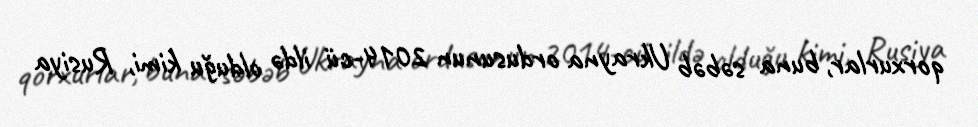
qorxurlar, buna səbəb Ukrayna ordusunun 2014-cü ildə olduğu kimi, Rusiya